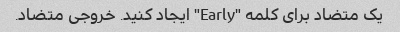
یک متضاد برای کلمه "Early" ایجاد کنید. خروجی متضاد.